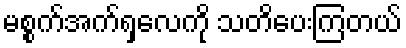
မစ္စက်အက်ရှလေကို သတိပေးကြတယ်